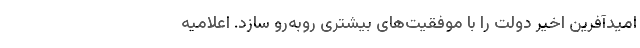
امیدآفرین اخیر دولت را با موفقیت‌های بیشتری روبه‌رو سازد. اعلاميه